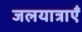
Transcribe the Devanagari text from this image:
जलयात्राएँ